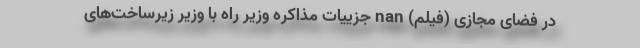
در فضای مجازی (فیلم) nan جزییات مذاکره وزیر راه با وزیر زیرساخت‌های